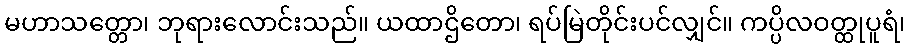
မဟာသတ္တော၊ ဘုရားလောင်းသည်။ ယထာဌိတော၊ ရပ်မြဲတိုင်းပင်လျှင်။ ကပ္ပိလဝတ္ထုပူရံ၊